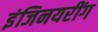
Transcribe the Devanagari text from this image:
इंजिनयरींग